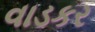
વાડકર